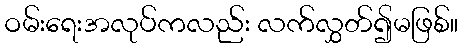
ဝမ်းရေးအလုပ်ကလည်း လက်လွှတ်၍မဖြစ်။